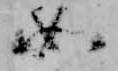
如